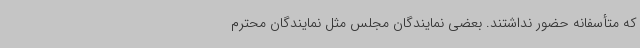
که متأسفانه حضور نداشتند. بعضی نمایندگان مجلس مثل نمایندگان محترم